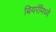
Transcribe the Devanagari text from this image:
बियरींमध्ये